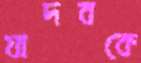
যাদবকে